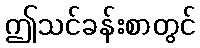
ဤသင်ခန်းစာတွင်